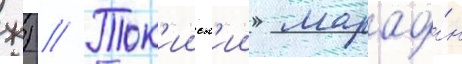
ж) // Ток'ииск'ии марафо́н